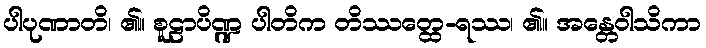
ပါပုဏာတိ၊ ၏။ စူဠာပိဏ္ဍ ပါတိက တိဿတ္ထေ-ရဿ၊ ၏။ အန္တေဝါသိကာ